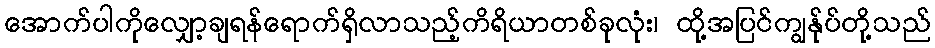
အောက်ပါကိုလျှော့ချရန်ရောက်ရှိလာသည့်ကိရိယာတစ်ခုလုံး၊ ထို့အပြင်ကျွန်ုပ်တို့သည်